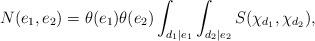
LaTeX: \begin{align*} N(e_1,e_2)= \theta(e_1)\theta(e_2) \int_{d_1\mid e_1} \int_{d_2\mid e_2} S(\chi_{d_1},\chi_{d_2}),\end{align*}